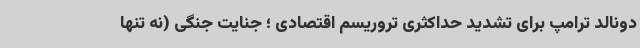
دونالد ترامپ برای تشدید حداکثری تروریسم اقتصادی ؛ جنایت جنگی (نه تنها